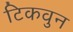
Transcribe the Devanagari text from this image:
टिकवुन